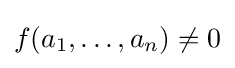
f(a_{1},\ldots ,a_{n})\neq 0